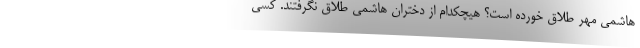
هاشمی مهر طلاق خورده است؟ هیچکدام از دختران هاشمی طلاق نگرفتند. کسی